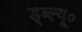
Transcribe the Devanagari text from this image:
ड्ब्ल्यू०